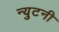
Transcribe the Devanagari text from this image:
न्युटनी